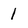
Character: 1